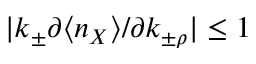
| k _ { \pm } \partial \langle n _ { X } \rangle / \partial k _ { \pm \rho } | \leq 1